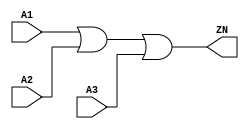
module OR3_X1 (A1, A2, A3, ZN);
  input A1;
  input A2;
  input A3;
  output ZN;

  or(ZN, i_4, A3);
  or(i_4, A1, A2);


endmodule